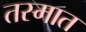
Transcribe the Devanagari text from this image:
तस्मात